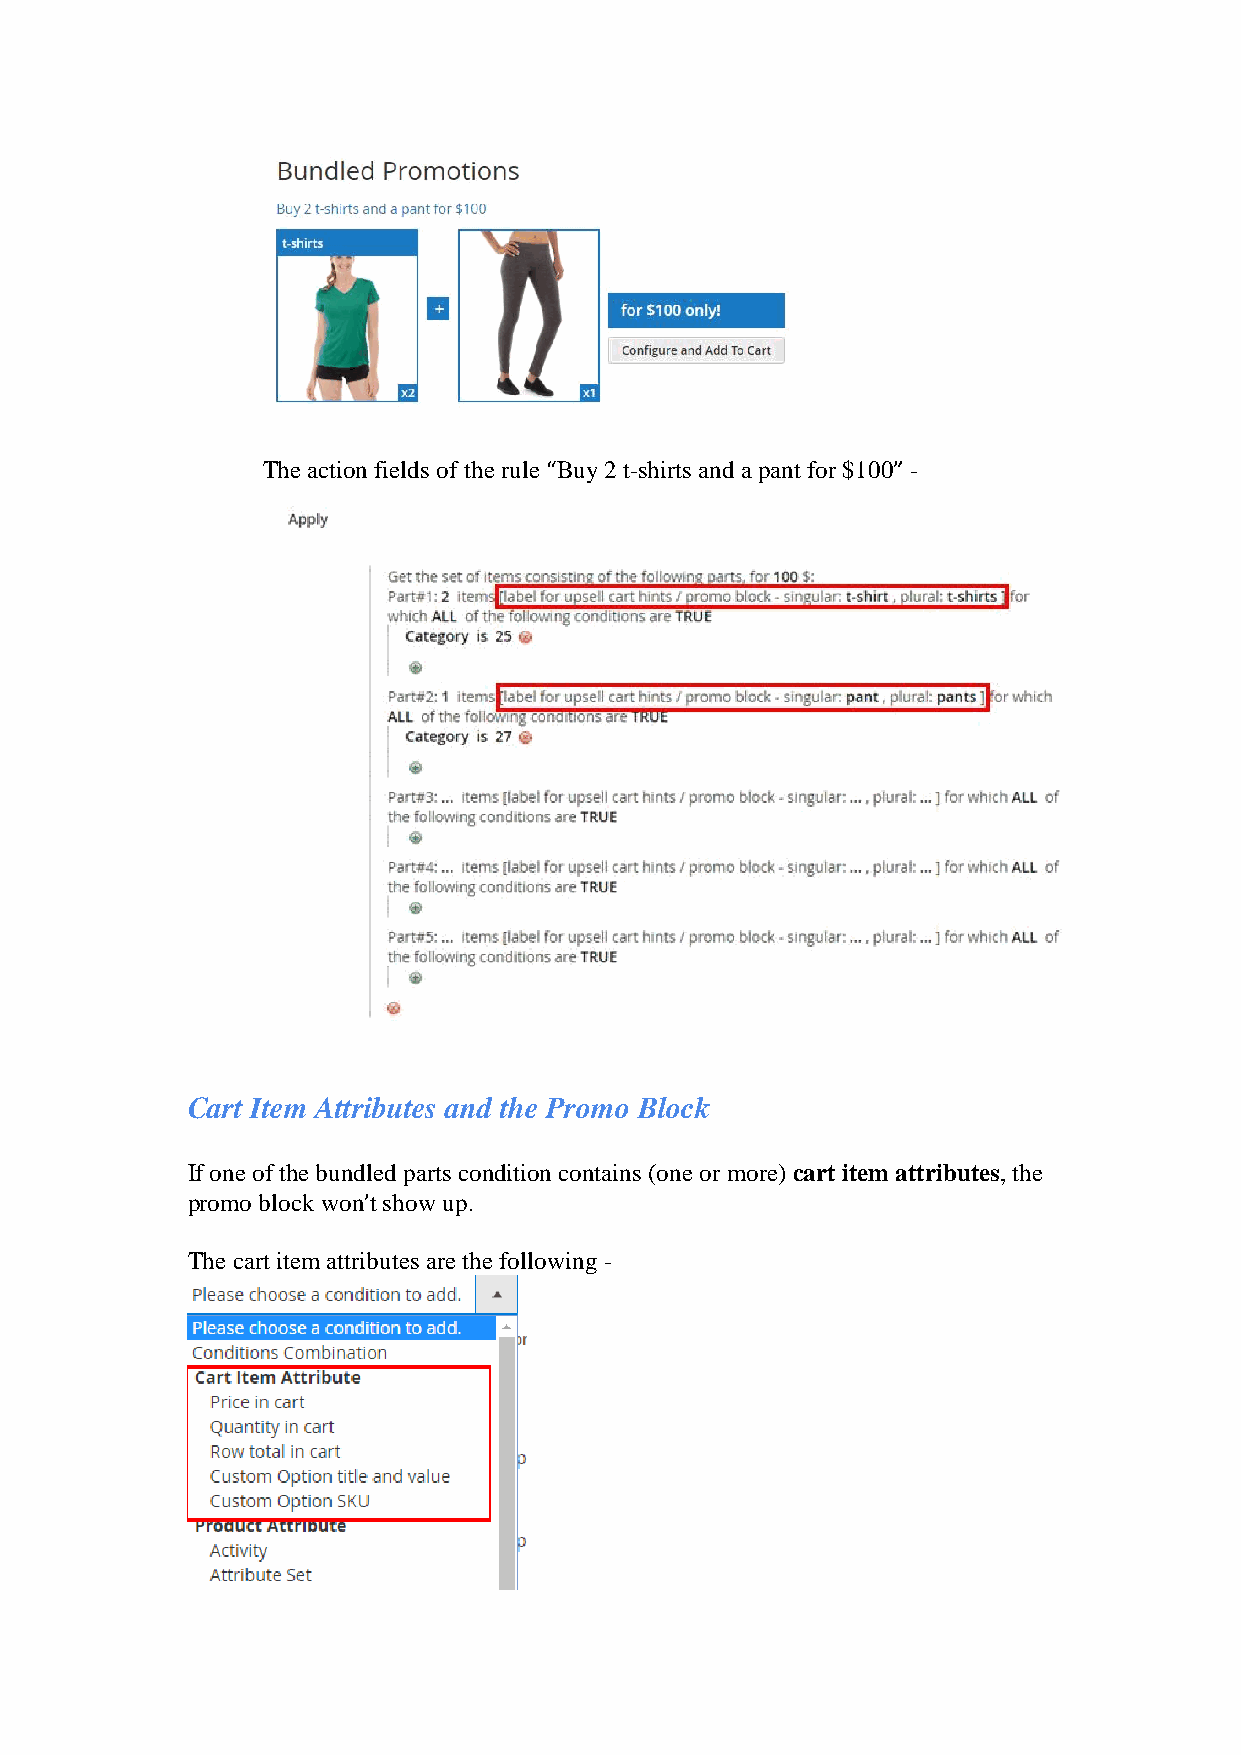
The action fields of the rule “Buy 2 t-shirts and a pant for $100” -
 Cart Item Attributes and the Promo Block
 If one of the bundled parts condition contains (one or more) cart item attributes, the
 promo block won’t show up.
 The cart item attributes are the following -